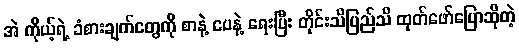
အဲ ကိုယ့်ရဲ့ ခံစားချက်တွေကို စာနဲ့ ပေနဲ့ ရေးပြီး တိုင်းသိပြည်သိ ထုတ်ဖော်ပြောဆိုတဲ့